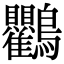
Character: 𮭠